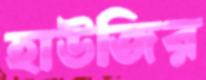
হাউজির